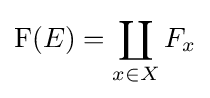
\mathrm {F} (E)=\coprod _{x\in X}F_{x}